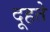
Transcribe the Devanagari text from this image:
दूहते